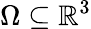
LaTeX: \Omega\subseteq\mathbb{R}^{3}